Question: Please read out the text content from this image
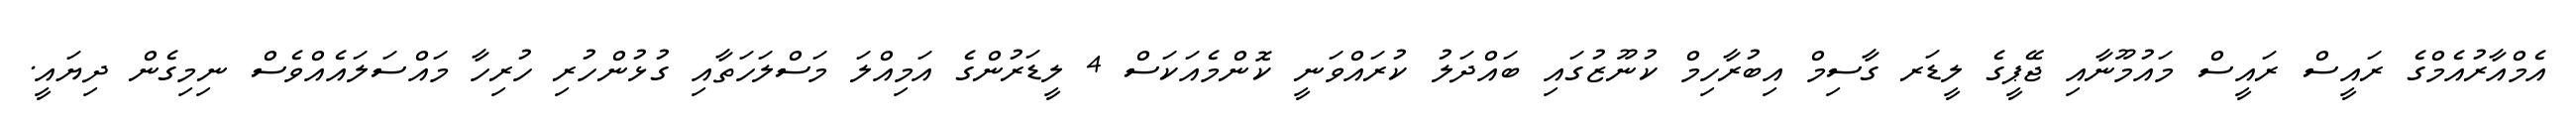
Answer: އެމްއާރުއެމްގެ ރައީސް ރައީސް މައުމޫނާއި ޖޭޕީގެ ލީޑަރ ގާސިމް އިބުރާހިމް ކުނޫޒުގައި ބައްދަލު ކުރައްވަނީ ކޮންމެއަކަސް 4 ލީޑަރުންގެ އަމިއްލަ މަސްލަހަތާއި ގުޅުންހުރި ހުރިހާ މައްސަލައެއްވެސް ނިމިގެން ދިޔައީ.